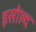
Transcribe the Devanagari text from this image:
इसोल्द